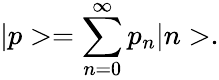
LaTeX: |p>=\sum_{n=0}^{\infty}p_{n}|n>.